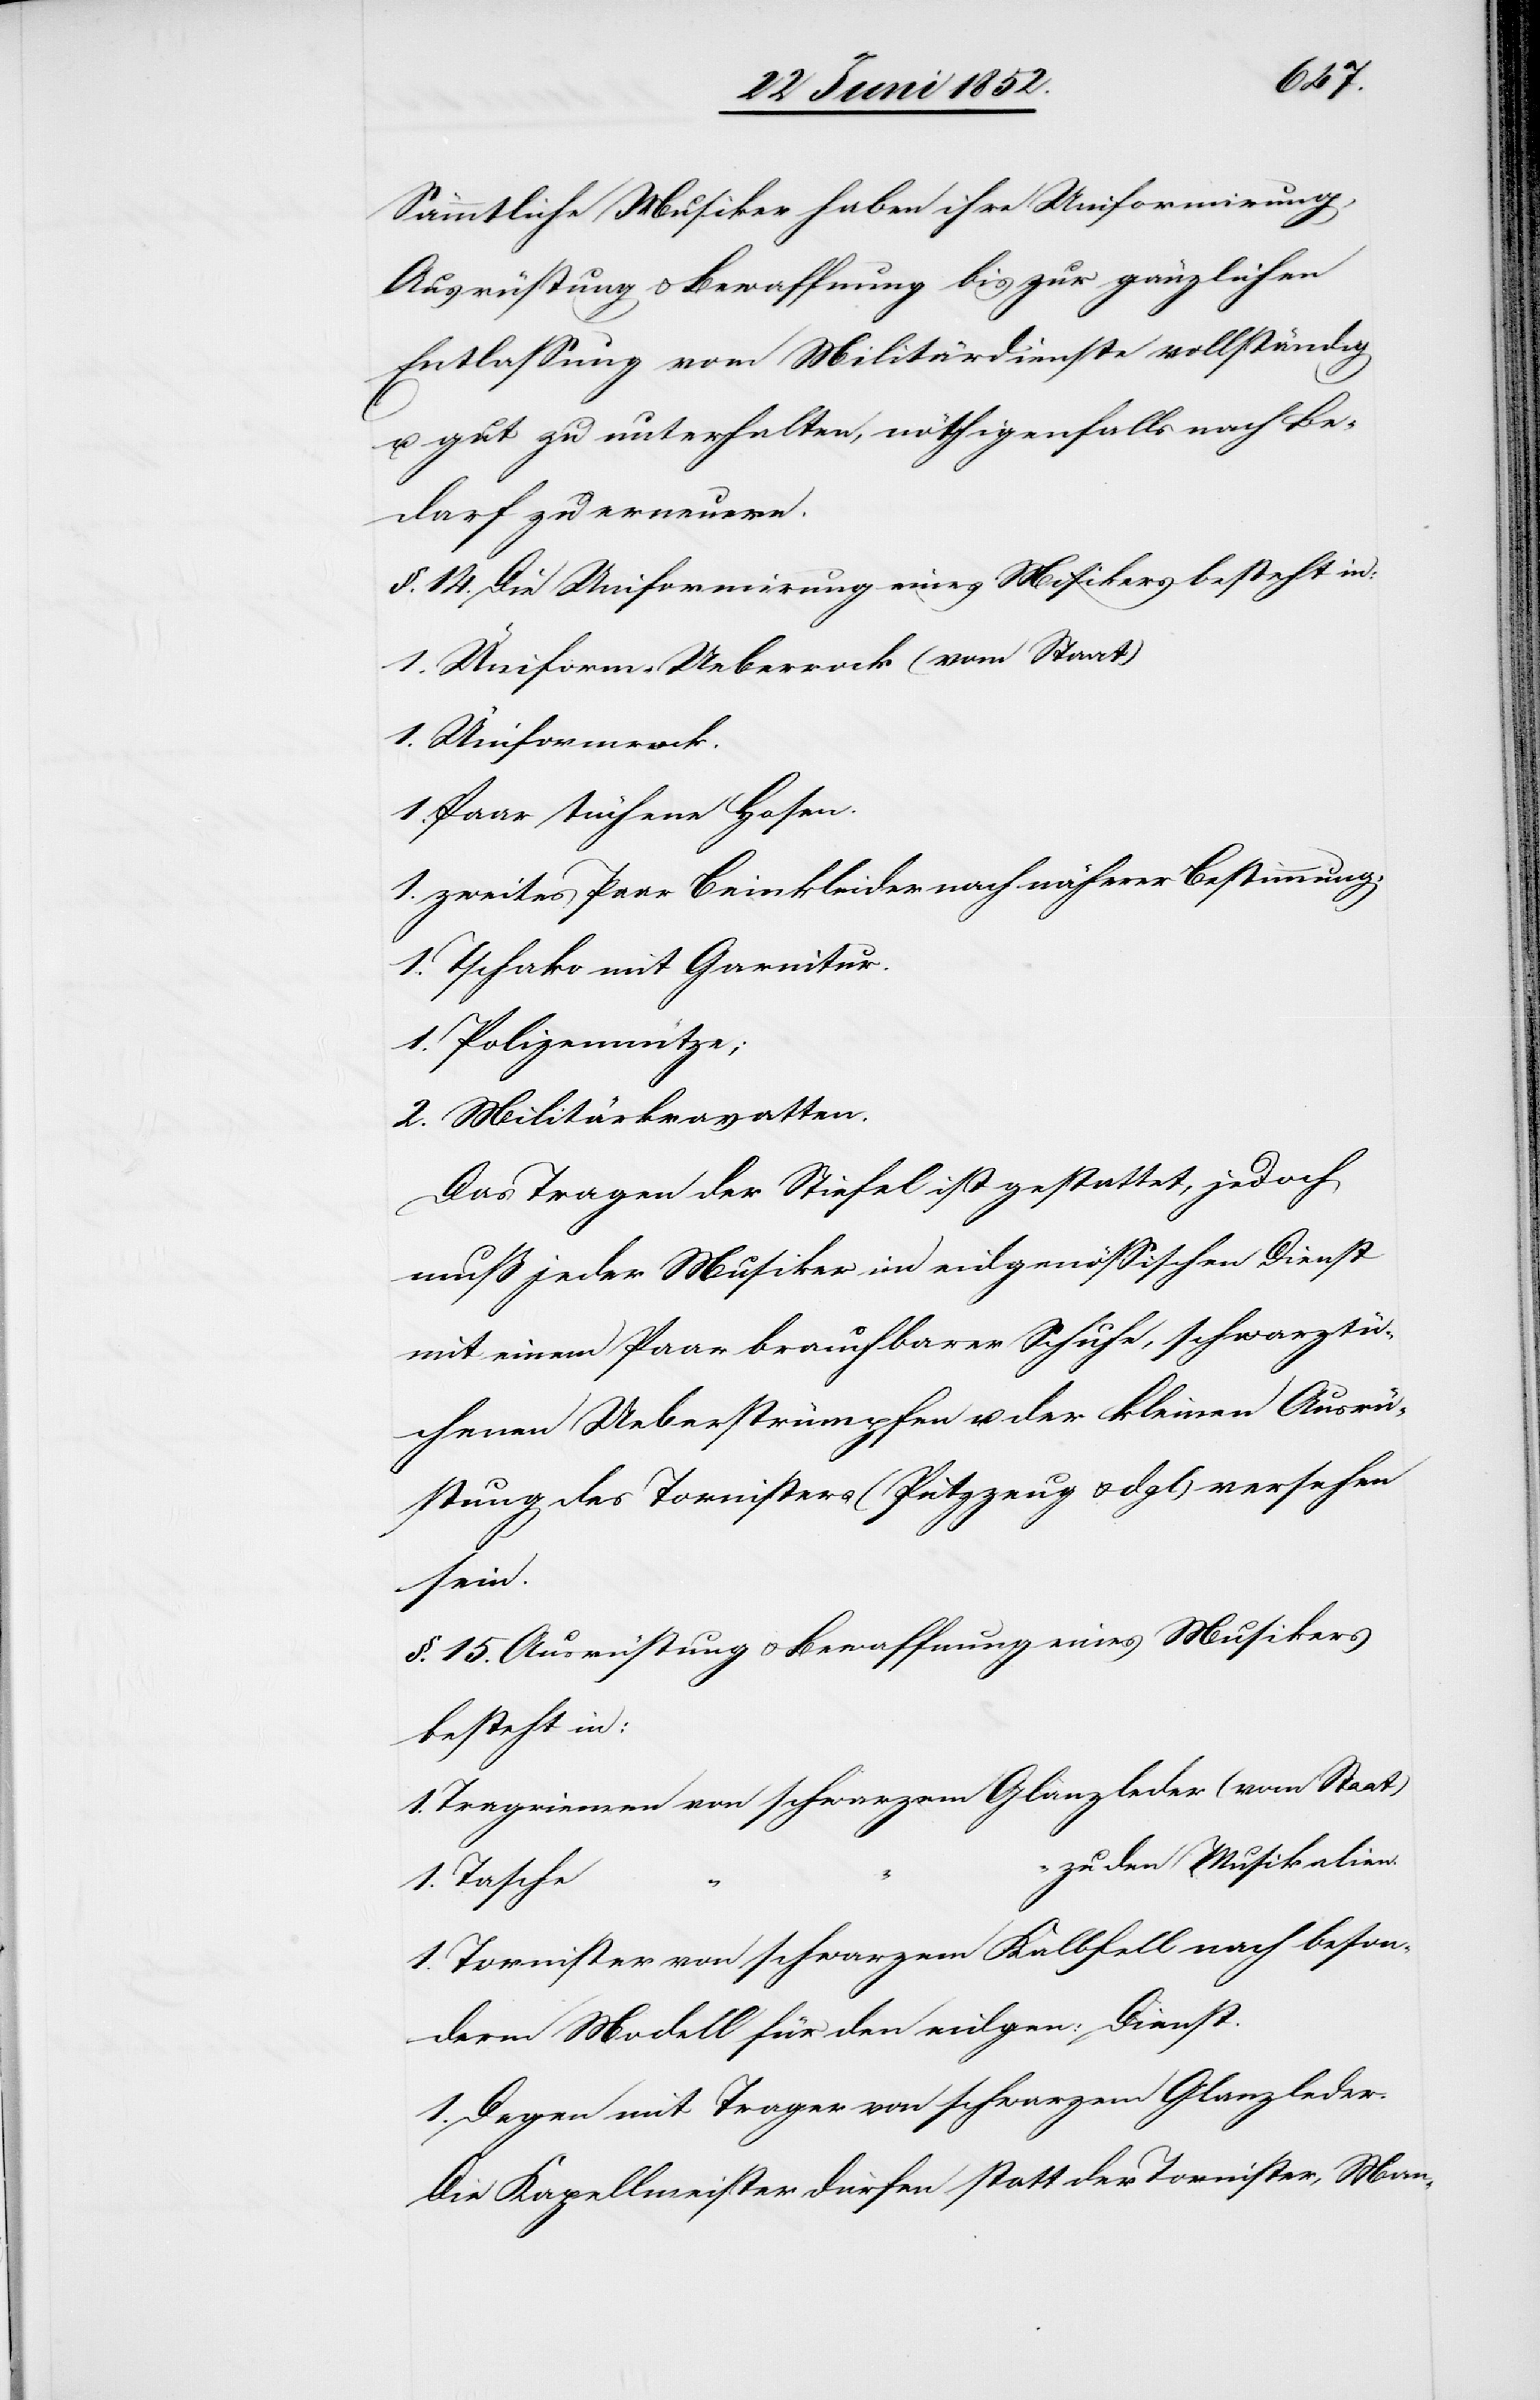
Sämmtliche Musiker haben ihre Uniformirung,
Ausrüstung & Bewaffnung bis zur gänzlichen
Entlassung vom Militärdienste vollständig
u. gut zu unterhalten, nöthigenfalls nach Be¬
darf zu erneuern.
§. 14. Die Uniformirung eines M[u]sikers besteht in:
1. Uniform-Ueberrock (vom Staat)
1. Uniformrock.
1. Paar tüchene Hosen.
1. zweites Paar Beinkleider nach näherer Bestimmung.
1. Tschako mit Garnitur.
1. Polizeimütze;
2. Militärkravatten.
Das Tragen der Stiefel ist gestattet, jedoch
muß jeder Musiker im eidgenössischen Dienst
mit einem Paar brauchbarer Schuhe, schwarztüc¬
henen Ueberstrümpfen u. der kleinen Ausrü¬
stung des Tornisters (Putzzeug & dgl) versehen
sein.
§. 15. Ausrüstung & Bewaffnung eines Musikers
besteht in:
1. Tragriemen von schwarzem Glanzleder (vom Staat)
zu den Musikalien.
1. Tasche
1. Tornister von schwarzem Kalbfell nach beson¬
derm Modell für den eidgen: Dienst.
1. Degen mit Trager von schwarzem Glanzleder.
Die Kapellmeister dürfen statt der Tornister, Man-